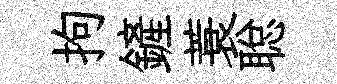
拘鏟蓑聪